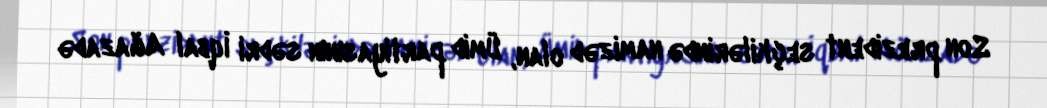
Son prezident seçkilərində namizəd olan, Ümid partiyasının sədri İqbal Ağazadə